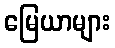
မြေယာများ